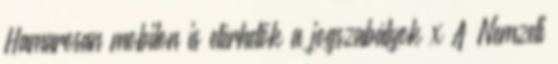
Hamarosan mobilon is elérhetők a jogszabályok x A Nemzeti